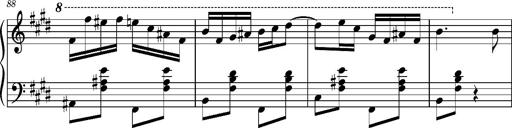
Title: Ungarischer Romanzero
Composer: Franz Liszt